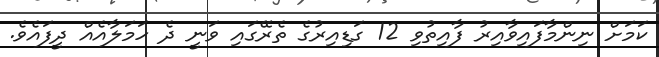
ކަމަށް ނިންމާފައިވާއިރު ފާއިތުވި 12 ގަޑިއިރުގެ ތެރޭގައި ވަނީ ދެ ހަމަލާއެއް ދީފައެވެ.